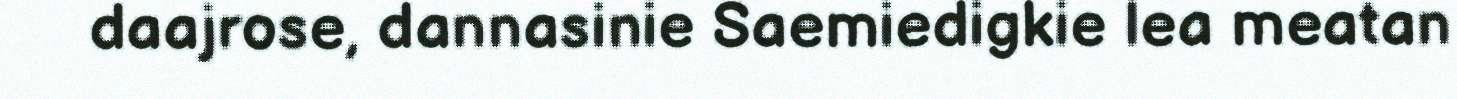
daajrose, dannasinie Saemiedigkie lea meatan